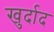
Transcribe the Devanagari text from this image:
खुर्दाद